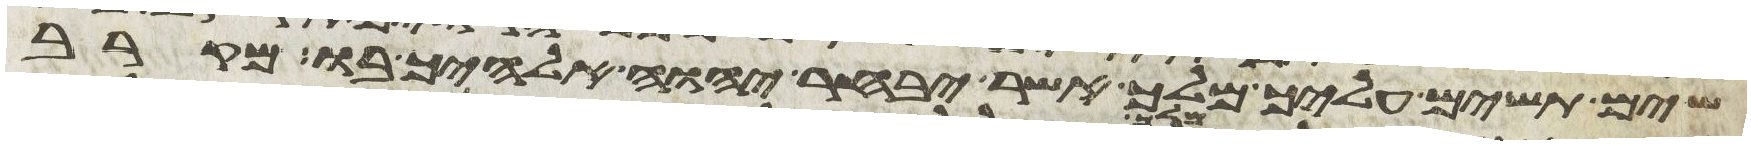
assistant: שים תשים עליך מלך אשר יבחר יהוה אלהיך בו מקרב